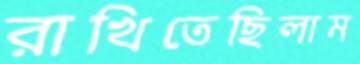
রাখিতেছিলাম